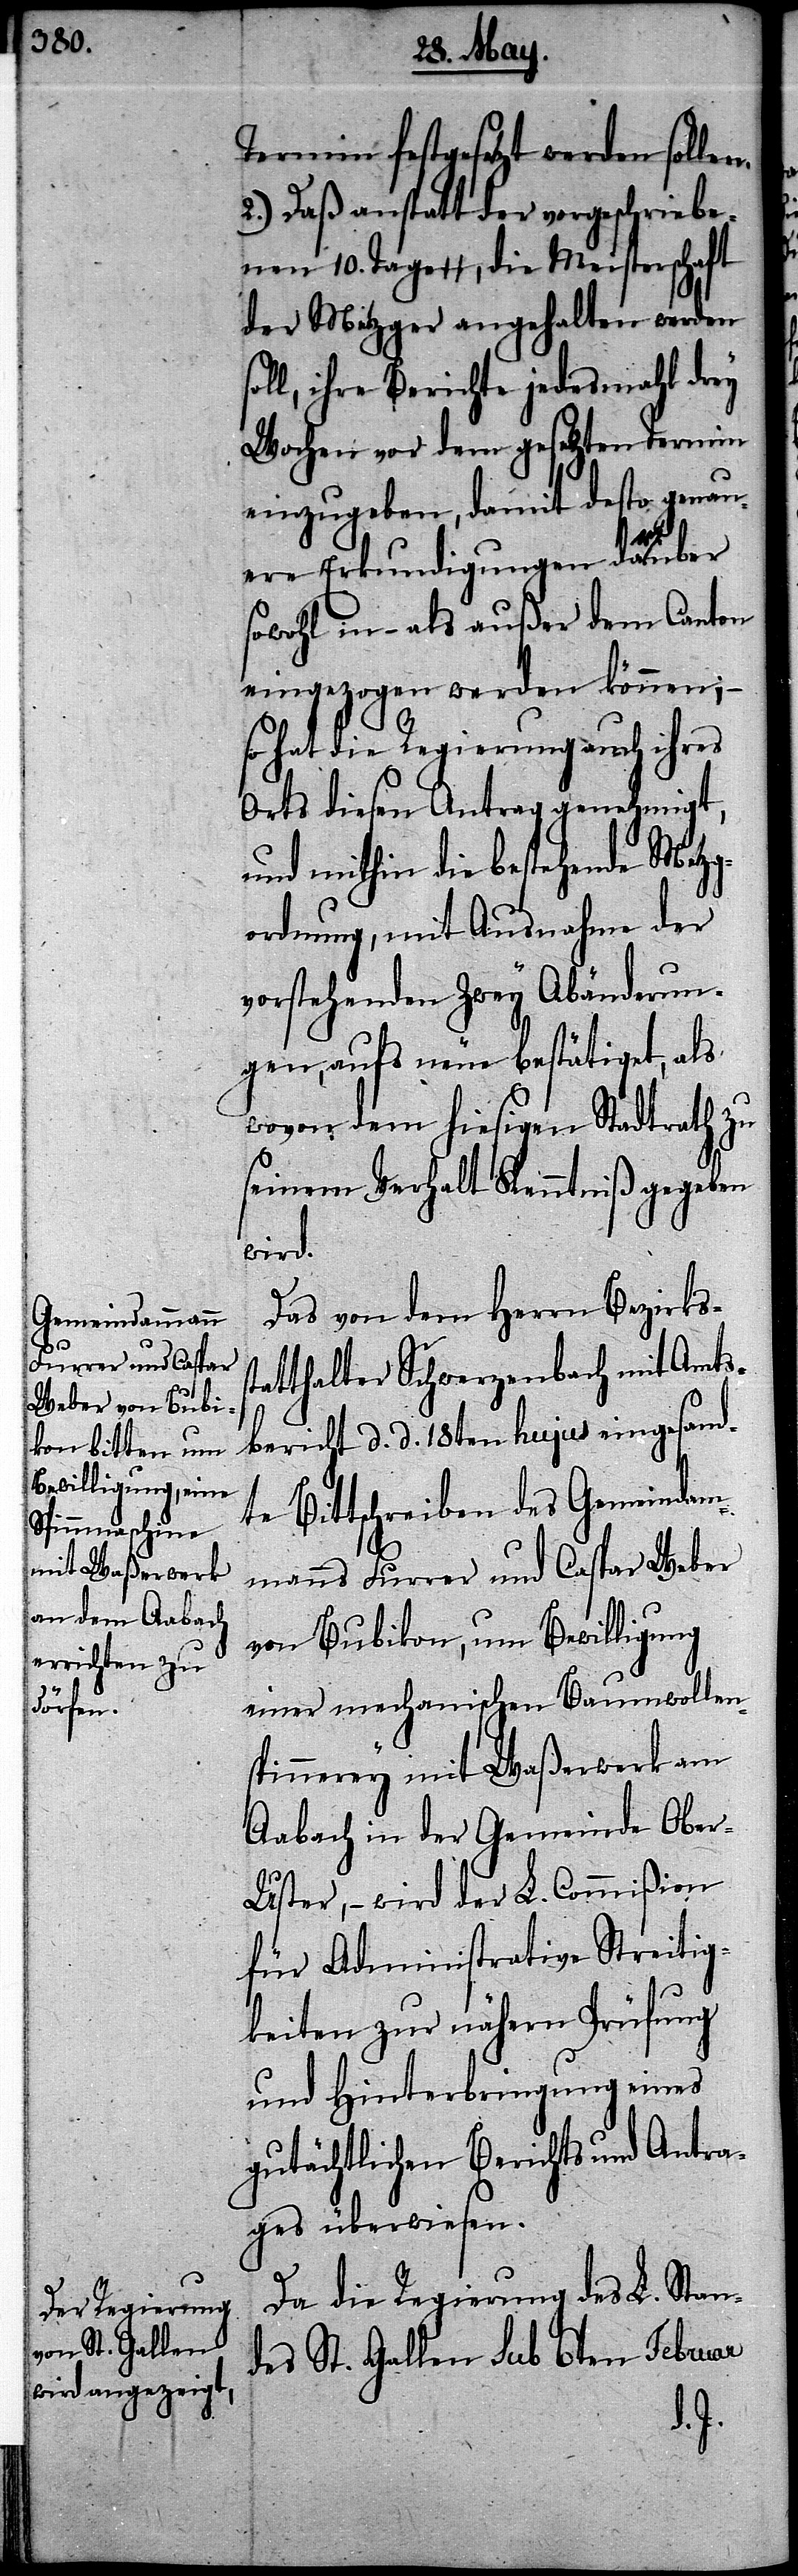
er¬

Termin festgesezt werden sollen.
2.) Daß anstatt der vorgeschriebe¬
nen 10. Tage[?], die Meisterschaft
der Metzger angehalten werden
ll, ihre Berichte jedesmahl drey
Wochen vor dem gesetzten Termin
einzugeben, damit desto genau¬
st¬
ere Erkundigungen darüber
sowohl in – also außer dem Canton
eingezogen werden könnten; –
so hat die Regierung auch ihres
Orts diesen Antrag genehmigt,
und mithin die bestehende Metzg¬
ordnung, mit Ausnahme der
vorstehenden zwey Abänderun¬
gen, aufs neue bestätiget, als
wovon dem hiesigen Stadtrath zu
seinem Verhalt Kenntniß gegeben
wird.
Das von dem Herrn Bezirks¬
atthalter Schwerzenbach mit Amts¬
bericht d. d. 18ten hujus eingesand¬
te Bittschreiben des Gemeindam¬
mann Furrer und Caspar Weber
von Bubikon, um Bewilligung
einer mechanischen Baumwollen¬
spinnerey mit Waßerwerk am
Aabach in der Gemeinde Obe¬
r-Uster, – wird der L. Commißion
für Administrative Streitig¬
keiten zur nähern Prüfung
und Hinterbringung eines
gutächtlichen Berichts und Antra¬
ges überwiesen.
Da die Regierung des L. Stan¬
des St. Gallen sub 6ten Februar